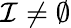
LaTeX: {\mathcal{I}}\neq\emptyset